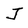
Character: J